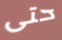
حتى